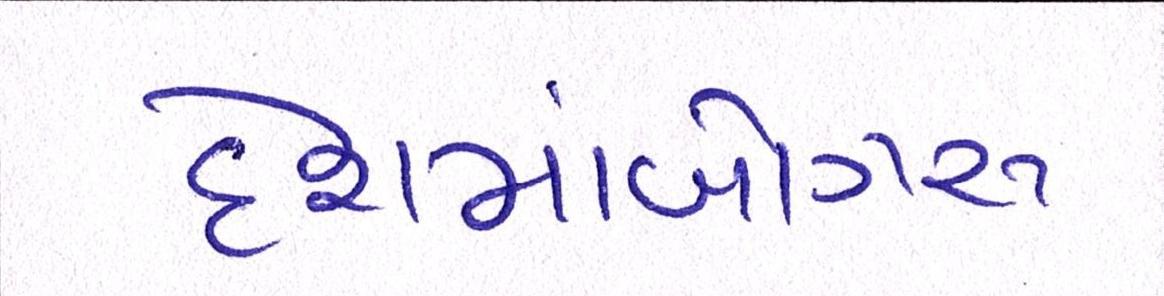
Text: દેશમાંબોગસ